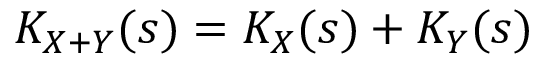
K _ { X + Y } ( s ) = K _ { X } ( s ) + K _ { Y } ( s )